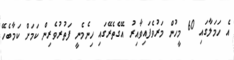
އެ ހަމަލާގައި 60 މީހުން މަރުވެފައިވާއިރު އޭގެތެރޭގައި ހިނެމެނީ ފަތުރުވެރިން ކަމަށް ކަމާބެހޭ